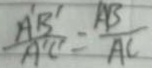
\frac { A ^ { \prime } B ^ { \prime } } { A ^ { \prime } C ^ { \prime } } = \frac { A B } { A C }